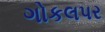
ગોકલપર